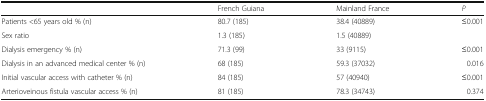
|  | French Guiana | Mainland France | P |
 | --- | --- | --- | --- |
 | Patients <65 years old % (n) | 80.7 (185) | 38.4 (40889) | ≤0.001 |
 | Sex ratio | 1.3 (185) | 1.5 (40889) |  |
 | Dialysis emergency % (n) | 71.3 (99) | 33 (9115) | ≤0.001 |
 | Dialysis in an advanced medical center % (n) | 68 (185) | 59.3 (37032) | 0.016 |
 | Initial vascular access with catheter % (n) | 84 (185) | 57 (40940) | ≤0.001 |
 | Arterioveinous fistula vascular access % (n) | 81 (185) | 78.3 (34743) | 0.374 |